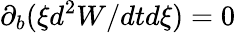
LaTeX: \partial_{b}(\xi d^{2}W/dtd\xi)=0